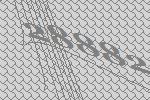
28882